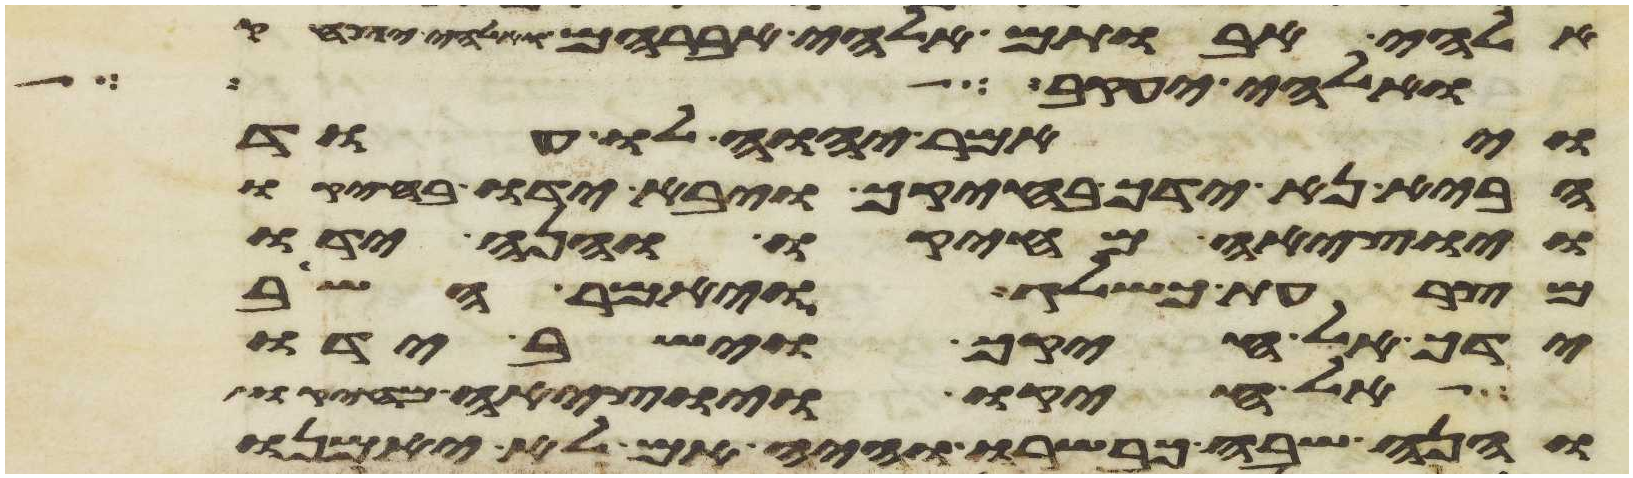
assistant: אלהי אבותם אלהי אברהם ואלהי יצחק
ואלהי יעקב
ויאמר יהוה לו עוד
הבא נא ידך בחיקך ויבא ידו בחיקו
ויוציאה מחיקו והנה ידו
מצרעת כשלג ויאמר השב
ידך אל חיקך וישב ידו
אל חיקו ויוציאה מחיקו
והנה שבה כבשרו והיה אם לא יאמנו